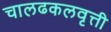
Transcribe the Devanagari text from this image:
चालढकलवृत्ती